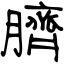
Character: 臍